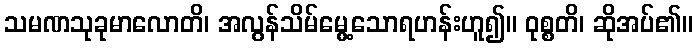
သမဏသုခုမာလောတိ၊ အလွန်သိမ်မွေ့သောရဟန်းဟူ၍။ ဝုစ္စတိ၊ ဆိုအပ်၏။